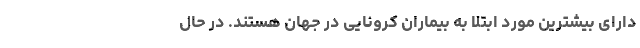
دارای بیشترین مورد ابتلا به بیماران کرونایی در جهان هستند. در حال